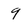
Character: 9